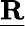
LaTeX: \underline{{\mathbf{R}}}